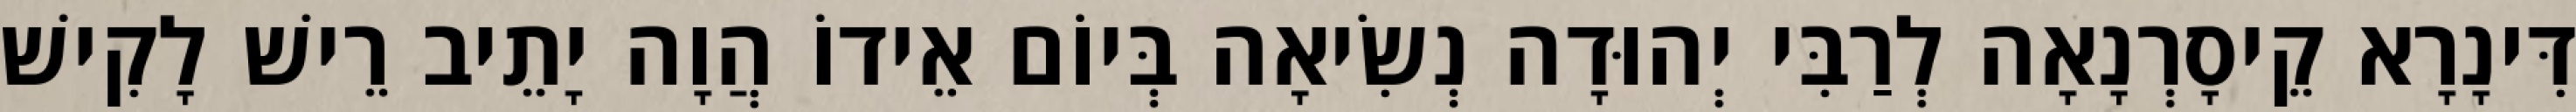
דִּינָרָא קֵיסָרְנָאָה לְרַבִּי יְהוּדָה נְשִׂיאָה בְּיוֹם אֵידוֹ הֲוָה יָתֵיב רֵישׁ לָקִישׁ